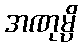
အဏုမ္ပိ